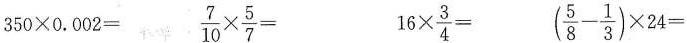
$$350 \times0.002=$$ $$\frac{7}{10} \times \frac{5}{7}=$$ $$16 \times \frac{3}{4}=$$ $$( \frac{5}{8}- \frac{1}{3}) \times 24=$$